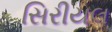
સિરીયલ